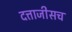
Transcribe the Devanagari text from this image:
दत्ताजीसच